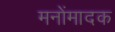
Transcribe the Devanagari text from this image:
मनोंमादक